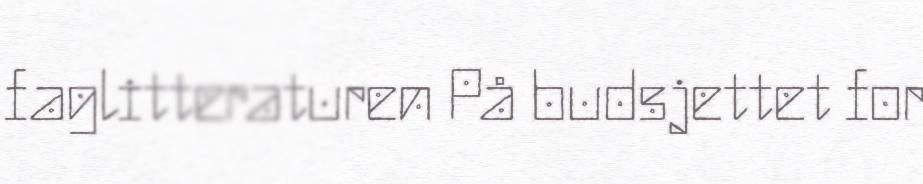
faglitteraturen På budsjettet for